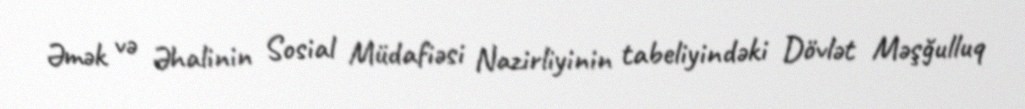
Əmək və Əhalinin Sosial Müdafiəsi Nazirliyinin tabeliyindəki Dövlət Məşğulluq